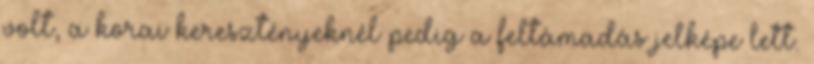
volt, a korai keresztényeknél pedig a feltámadás jelképe lett.